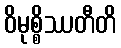
ဝိမုစ္စိဿတီတိ